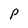
Character: P